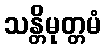
သန္တိမုတ္တမံ